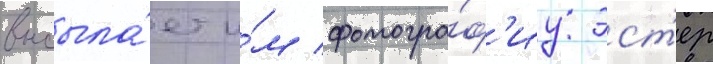
высыла́ет и́м фотогра́ф'иу эст'ер